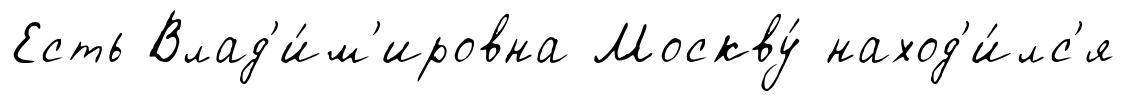
Есть Влад'и́м'ировна Москву́ наход'и́лс'я